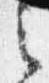
之